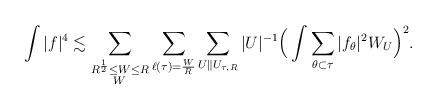
LaTeX: \begin{align*} \int|f|^4\lesssim \sum_{\substack{R^{\frac{1}{2}}\le W\le R\\ W\,}}\sum_{\ell(\tau)=\frac{W}{R}}\sum_{U\|U_{\tau,R}}|U|^{-1}\Big(\int\sum_{\theta\subset\tau}|f_\theta|^2W_U\Big)^2. \end{align*}